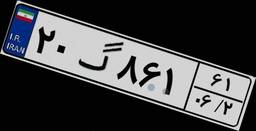
۲۰گ۸۶۱۶۱